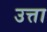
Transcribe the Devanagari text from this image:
उत्ता